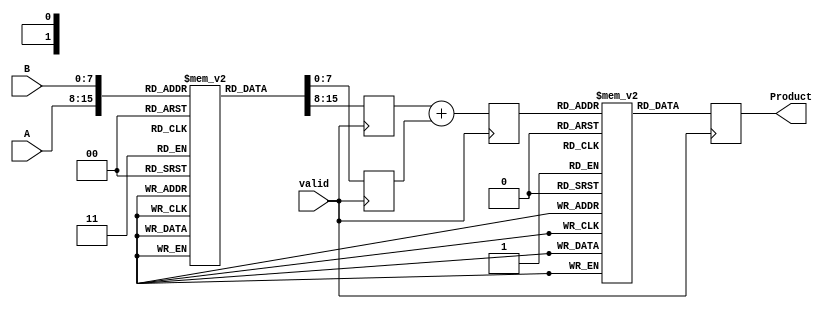
module LogarithmicMultiplier #(
    parameter N = 8, // Width of input A and B
    parameter M = 8, // Width of logA and logB
    parameter P = 16 // Width of the product output
)(
    input [N-1:0] A, // Input multiplicand A
    input [N-1:0] B, // Input multiplicand B
    input valid,      // Input valid signal
    output reg [P-1:0] Product // Output product
);

    // Logarithmic conversion LUTs (example values, to be filled with actual values)
    reg [M-1:0] logLUT [0:255]; // LUT for log conversion (for 8-bit input)
    initial begin
        // Fill the LUT with logarithmic values (base 2 for example)
        // logLUT[0] = 0; // log(1) = 0
        // logLUT[1] = 0; // log(2) = 1
        // logLUT[2] = 1; // log(3) = 1.585
        // ...
        // Fill in the rest of the LUT values as needed
    end

    // Exponential conversion LUTs (example values, to be filled with actual values)
    reg [P-1:0] expLUT [0:(1 << M) - 1]; // LUT for exp conversion
    initial begin
        // Fill the LUT with exponential values
        // expLUT[0] = 1; // exp(0) = 1
        // expLUT[1] = 2; // exp(1) = 2
        // ...
        // Fill in the rest of the LUT values as needed
    end

    // Internal signals
    reg [M-1:0] logA; // Logarithmic representation of A
    reg [M-1:0] logB; // Logarithmic representation of B
    reg [M-1:0] logResult; // Result of logA + logB

    always @(posedge valid) begin
        // Logarithmic conversion
        logA <= logLUT[A];
        logB <= logLUT[B];

        // Addition of logarithmic values
        logResult <= logA + logB;

        // Exponential conversion
        Product <= expLUT[logResult];
    end

endmodule